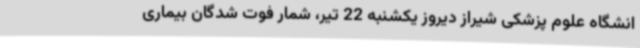
انشگاه علوم پزشکی شیراز دیروز یکشنبه 22 تیر، شمار فوت شدگان بیماری